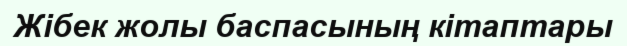
Жібек жолы баспасының кітаптары